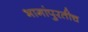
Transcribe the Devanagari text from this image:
भागांपुरतीच